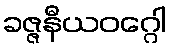
ခဇ္ဇနီယဝဂ္ဂေါ